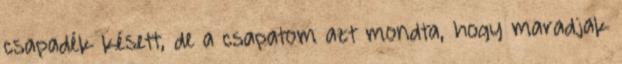
csapadék késett, de a csapatom azt mondta, hogy maradjak